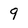
Character: 9